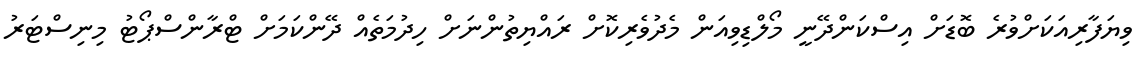
ވިޔަފާރިއަކަށްވުރެ ބޮޑަށް އިސްކަންދޭނީ މޯލްޑިވިއަން މެދުވެރިކޮށް ރައްޔިތުންނަށް ހިދުމަތެއް ދޭންކަމަށް ޓްރާންސްޕޯޓު މިނިސްޓަރު